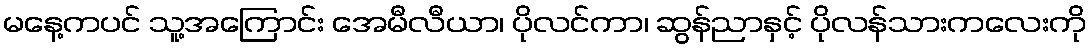
မနေ့ကပင် သူ့အကြောင်း အေမီလီယာ၊ ပိုလင်ကာ၊ ဆွန်ညာနှင့် ပိုလန်သားကလေးကို